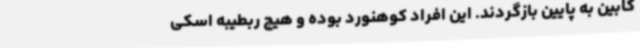
کابین به پایین بازگردند. این افراد کوهنورد بوده و هیچ ربطیبه اسکی